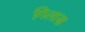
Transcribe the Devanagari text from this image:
गिलास